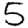
Digit: 5